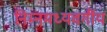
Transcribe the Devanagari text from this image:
निम्नमध्यवर्गीय